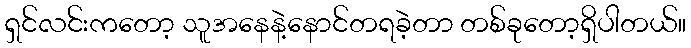
ရှင်လင်းကတော့ သူအနေနဲ့နောင်တရခဲ့တာ တစ်ခုတော့ရှိပါတယ်။